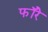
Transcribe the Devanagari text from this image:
फॉरे